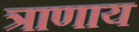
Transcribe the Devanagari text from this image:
त्राणाय